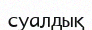
суалдық